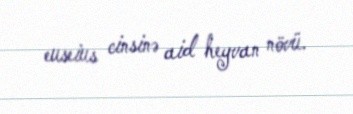
euseius cinsinə aid heyvan növü.